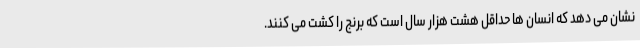
نشان می دهد که انسان ها حداقل هشت هزار سال است که برنج را کشت می کنند.